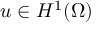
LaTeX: u \in H ^ { 1 } ( \Omega )